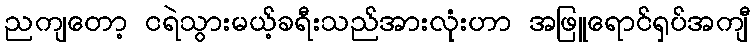
ညကျတော့ ငရဲသွားမယ့်ခရီးသည်အားလုံးဟာ အဖြူရောင်ရှပ်အကျီ